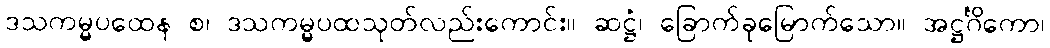
ဒသကမ္မပထေန စ၊ ဒသကမ္မပထသုတ်လည်းကောင်း။ ဆဋ္ဌံ၊ ခြောက်ခုမြောက်သော။ အဋ္ဌင်္ဂိကော၊